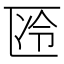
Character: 𱑊